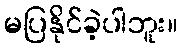
မပြနိုင်ခဲ့ပါဘူး။